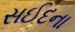
સઈદના